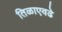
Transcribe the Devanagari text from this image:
तिळाएवढे